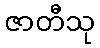
ဇာတီသု